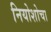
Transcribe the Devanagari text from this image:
नियोशोचा